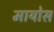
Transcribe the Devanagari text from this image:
मायोस